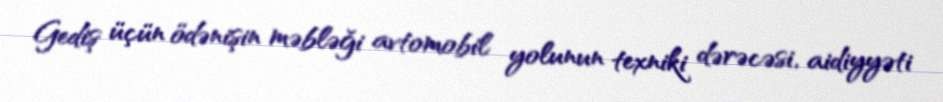
Gediş üçün ödənişin məbləği avtomobil yolunun texniki dərəcəsi, aidiyyəti